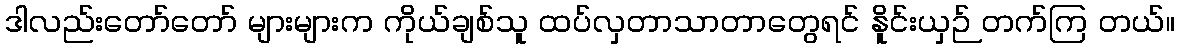
ဒါလည်းတော်တော် များများက ကိုယ်ချစ်သူ ထပ်လှတာသာတာတွေရင် နိူင်းယှဉ် တက်ကြ တယ်။